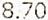
8.70